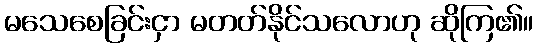
မသေစေခြင်းငှာ မတတ်နိုင်သလောဟု ဆိုကြ၏။